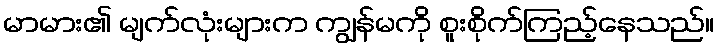
မာမား၏ မျက်လုံးများက ကျွန်မကို စူးစိုက်ကြည့်နေသည်။